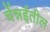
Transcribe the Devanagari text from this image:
चेंन्नईतील